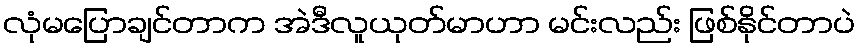
လုံမပြောချင်တာက အဲဒီလူယုတ်မာဟာ မင်းလည်း ဖြစ်နိုင်တာပဲ